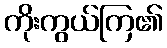
ကိုးကွယ်ကြ၏